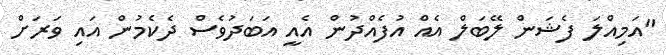
"އަމިއްލަ ފެޝަން ލޭބަލް އެއް އުފެއްދުން އެއީ އަބަދުވެސް ދެކެމުން އައި ވަރަށް